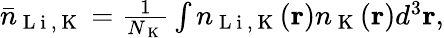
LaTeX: \begin{array}{r}{\bar{n}_{\mathrm{~L~i~,~K~}}=\frac{1}{N_{\mathrm{~K~}}}\int n_{\mathrm{~L~i~,~K~}}(\textbf{r})n_{\mathrm{~K~}}(\textbf{r})d^{3}\textbf{r},}\end{array}